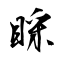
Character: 睬